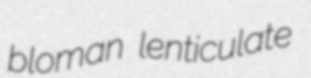
bloman lenticulate